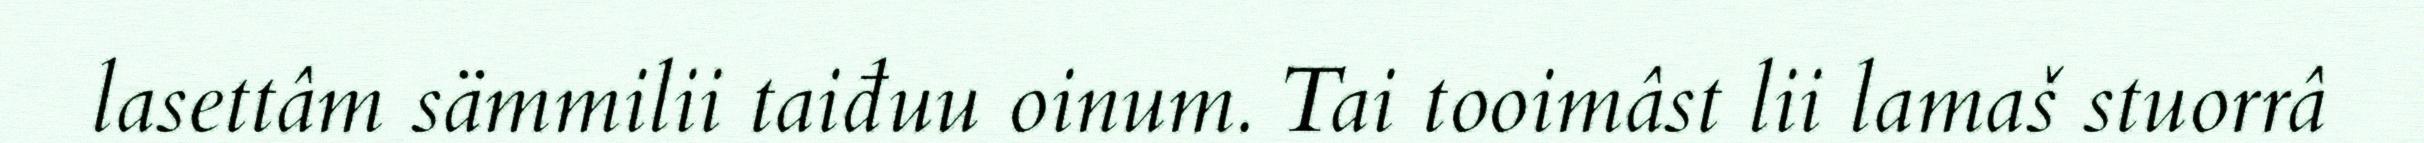
lasettâm sämmilii taiđuu oinum. Tai tooimâst lii lamaš stuorrâ